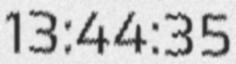
13:44:35